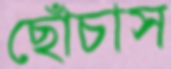
ছোঁচাস